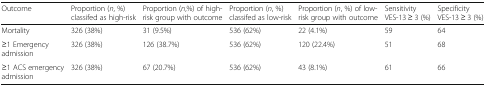
| Outcome | Proportion (n, %) classifed as high-risk | Proportion (n,%) of high-risk group with outcome | Proportion (n, %) classifed as low-risk | Proportion (n, %) of low-risk group with outcome | Sensitivity VES-13 ≥ 3 (%) | Specificity VES-13 ≥ 3 (%) |
 | --- | --- | --- | --- | --- | --- | --- |
 | Mortality | 326 (38%) | 31 (9.5%) | 536 (62%) | 22 (4.1%) | 59 | 64 |
 | ≥1 Emergency admission | 326 (38%) | 126 (38.7%) | 536 (62%) | 120 (22.4%) | 51 | 68 |
 | ≥1 ACS emergency admission | 326 (38%) | 67 (20.7%) | 536 (62%) | 43 (8.1%) | 61 | 66 |